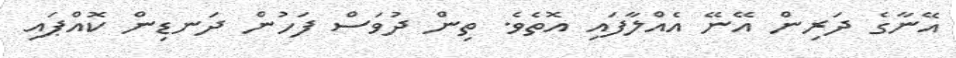
އޭނާގެ ދަރިން އޭނޭ އެއްލާފައި އޮތެވެ. ތިން ދުވަސް ފަހުން ދަނޑިން ކޮއްޕައި